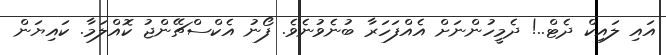
އައި ލައިކް ދެޓް..! ދެމީހުންނަށް އެއްފަހަރާ ބުނެވުނެވެ. ފޯނު އެކްސްޗޭންޖު ކޮއްލަމާ. ކައިޔަން